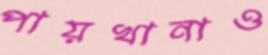
পায়খানাও